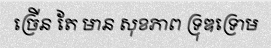
ច្រើន តែ មាន សុខភាព ទ្រុឌទ្រោម